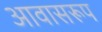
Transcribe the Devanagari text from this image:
आवासरूप